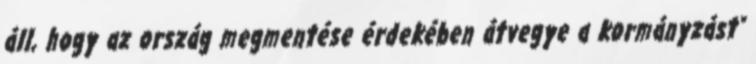
áll, hogy az ország megmentése érdekében átvegye a kormányzást"